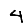
Digit: 4